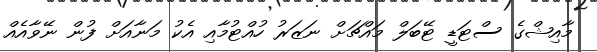
މާއިޝްގެ ސްޓަޑީ ޓޭބަލް މައްޗަށް ނަޒަރު ހުއްޓުމާއި އެކު މަނާއަށް ފުން ނޭވާއެއް